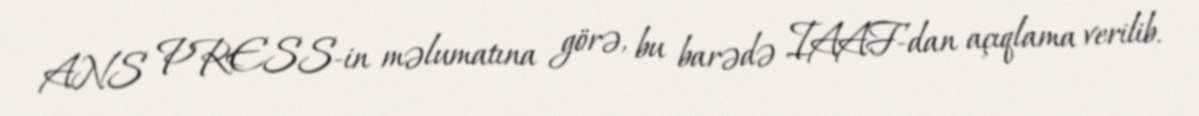
ANS PRESS-in məlumatına görə, bu barədə IAAF-dan açıqlama verilib.